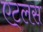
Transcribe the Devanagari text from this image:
एट्लस